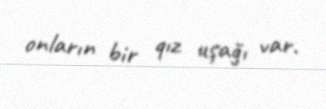
onların bir qız uşağı var.